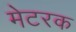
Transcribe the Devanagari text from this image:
मेटरक